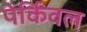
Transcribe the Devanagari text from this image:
पेर्किवल